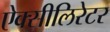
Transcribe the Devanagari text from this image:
ऐक्सीलिरेटर